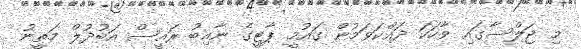
މި ޖަލްސާގައި ވާހަކަ ދައްކަވަމުން ގައުމީ ޕާޓީގެ ނާއިބު ރައީސް އަބުދުލް މަތީނު